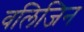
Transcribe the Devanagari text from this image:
वलिजिन